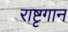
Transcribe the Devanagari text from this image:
राष्टृगान